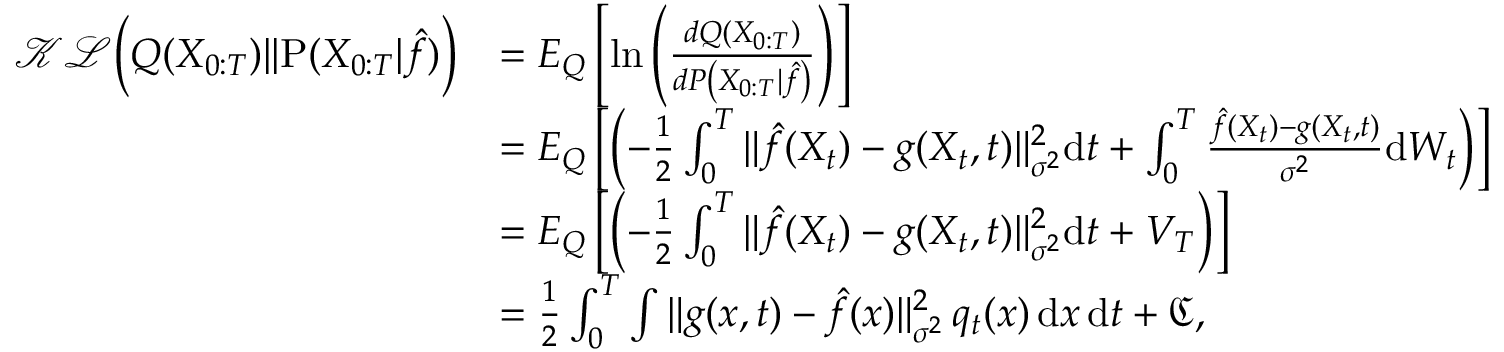
\begin{array} { r l } { \mathcal { K L } \Big ( Q ( X _ { 0 : T } ) | | \mathrm { P } ( X _ { 0 : T } | \hat { f } ) \Big ) } & { = E _ { { Q } } \left[ \mathrm { l n } \left( \frac { d { Q } ( X _ { 0 : T } ) } { d { P } \left( X _ { 0 : T } \vert \hat { f } \right) } \right) \right] } \\ & { = E _ { { Q } } \left[ \left( - \frac { 1 } { 2 } \int _ { 0 } ^ { T } { { \| \hat { f } ( X _ { t } ) - g ( X _ { t } , t ) \| _ { \sigma ^ { 2 } } ^ { 2 } } \mathrm { d } t } + \int _ { 0 } ^ { T } { \frac { \hat { f } ( X _ { t } ) - g ( X _ { t } , t ) } { { \sigma ^ { 2 } } } \mathrm { d } W _ { t } } \right) \right] } \\ & { = E _ { { Q } } \left[ \left( - \frac { 1 } { 2 } \int _ { 0 } ^ { T } { { \| \hat { f } ( X _ { t } ) - g ( X _ { t } , t ) \| _ { \sigma ^ { 2 } } ^ { 2 } } \mathrm { d } t } + V _ { T } \right) \right] } \\ & { = \frac { 1 } { 2 } \int _ { 0 } ^ { T } \int \| g ( x , t ) - \hat { f } ( x ) \| _ { \sigma ^ { 2 } } ^ { 2 } \, q _ { t } ( x ) \, \mathrm { d } x \, \mathrm { d } t + \mathfrak { C } , } \end{array}